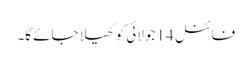
فائنل 14 جولائی کو کھیلا جائے گا۔